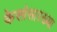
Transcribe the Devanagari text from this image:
केसांसारख्या